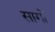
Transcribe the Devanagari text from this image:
सागों